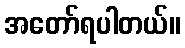
အတော်ရပါတယ်။